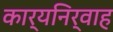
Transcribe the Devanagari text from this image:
कार्यनिर्वाह